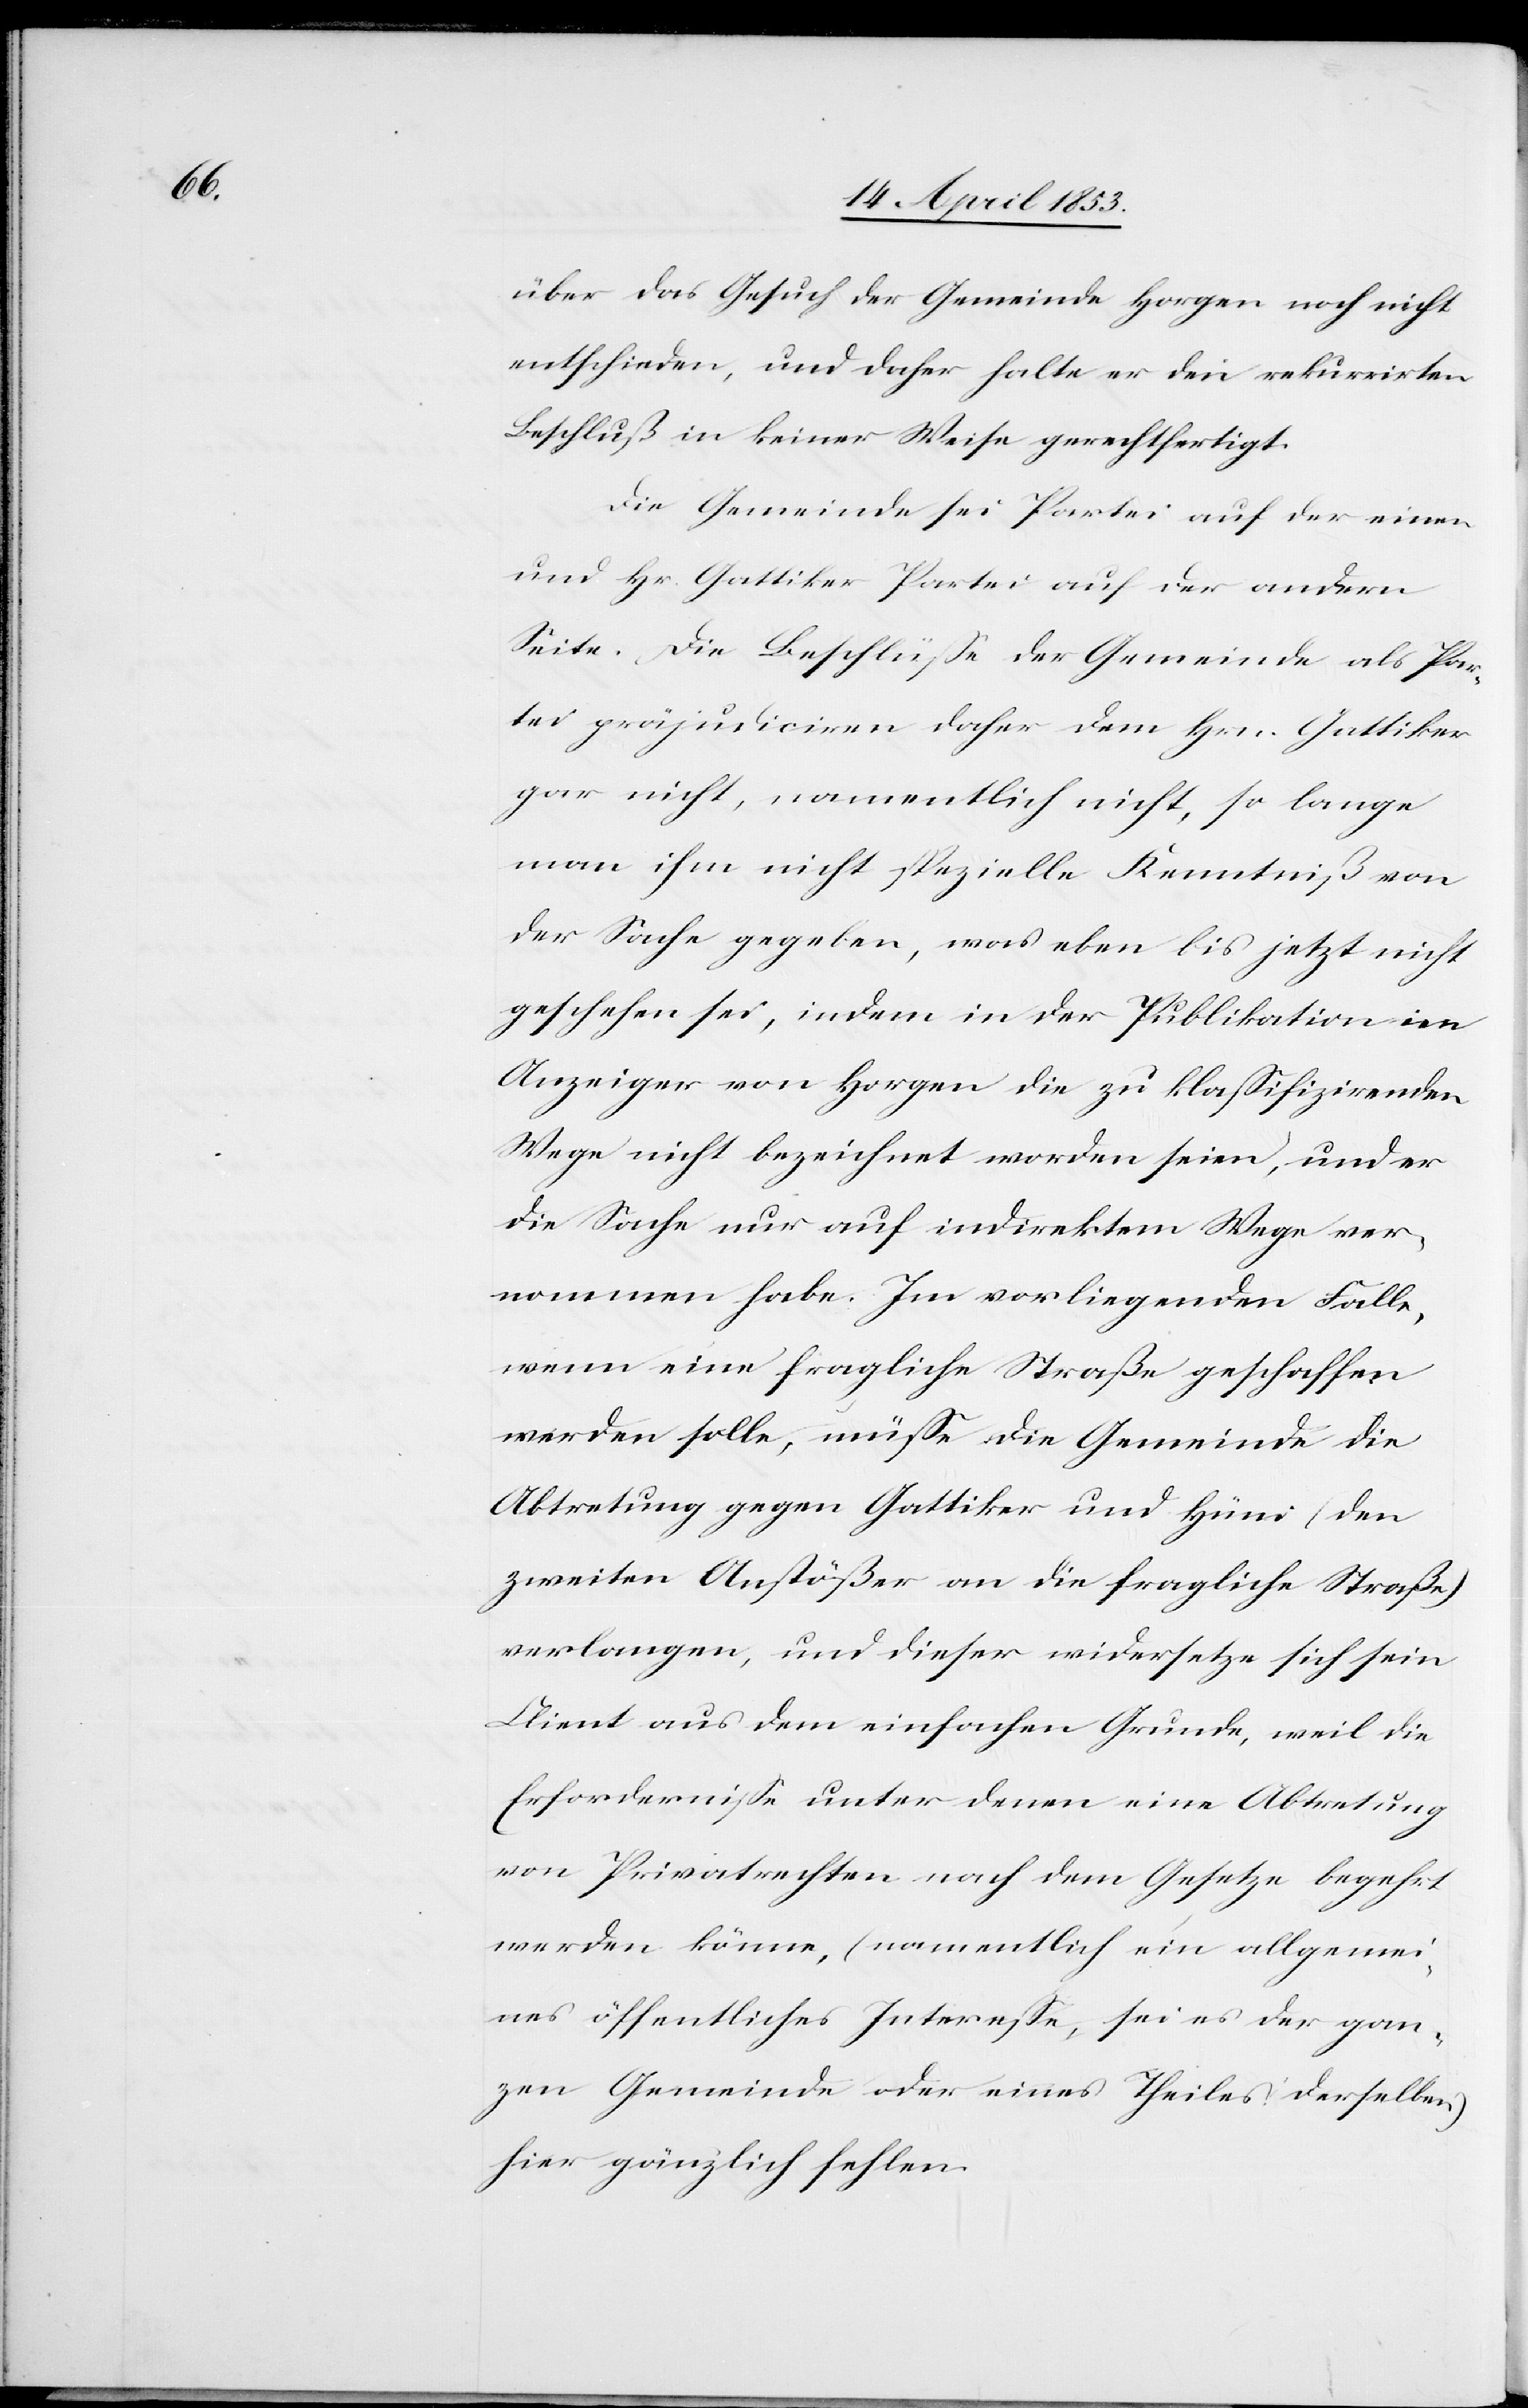
über das Gesuch der Gemeinde Horgen noch nicht
entschieden, und daher halte er den rekurrirten
Beschluß in keiner Weise gerechtfertigt.
Die Gemeinde sei Partei auf der einen
und Hr. Gattiker Partei auf der andern
Seite. Die Beschlüße der Gemeinde als Par¬
tei präjudiciren daher dem Hrn. Gattiker
gar nicht, namentlich nicht, so lange
man ihm nicht spezielle Kenntniß von
der Sache gegeben, was eben bis jetzt nicht
geschehen sei, indem in der Publikation im
Anzeiger von Horgen die zu klaßifizirenden
Wege nicht bezeichnet worden seien, und er
die Sache nur auf indirektem Wege ver¬
nommen habe. Im vorliegenden Falle,
wenn eine fragliche Straße geschaffen
werden solle, müße die Gemeinde die
Abtretung gegen Gattiker und Hüni (den
zweiten Anstößer an die fragliche Straße)
verlangen, und dieser widersetze sich sein
Client aus dem einfachen Grunde, weil die
Erforderniße unter denen eine Abtretung
von Privatrechten nach dem Gesetze begehrt
werden könne, (namentlich ein allgemei¬
nes öffentliches Intereße, sei es der gan¬
zen Gemeinde oder eines Theiles derselben)
hier gänzlich fehlen.